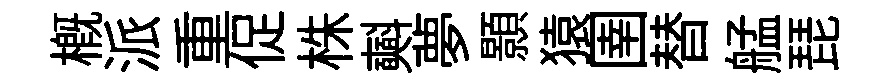
槪派重促株𣂏夢顥猿圉替艋琵